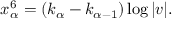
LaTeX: x _ { \alpha } ^ { 6 } = ( k _ { \alpha } - k _ { \alpha - 1 } ) \log | v | .